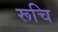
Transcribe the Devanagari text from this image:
रूचि